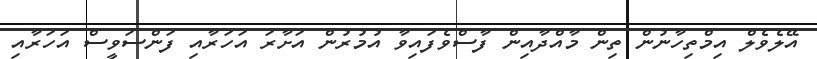
އޭލެވެލް އިމްތިހާނުން ތިން މާއްދާއިން ފާސްވެފައިވާ އުމުރުން އަށާރަ އަހަރާއި ފަންސަވީސް އަހަރާއި